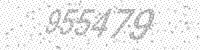
Solution: 955479